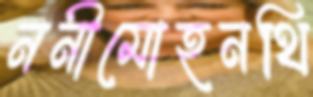
ননীমোহনথি